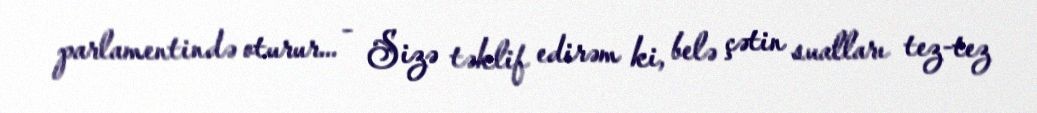
parlamentində oturur... - Sizə təklif edirəm ki, belə çətin sualları tez-tez